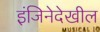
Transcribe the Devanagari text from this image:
इंजिनेदेखील